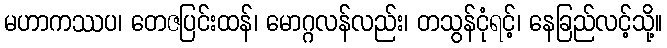
မဟာကဿပ၊ တေဇပြင်းထန်၊ မောဂ္ဂလန်လည်း၊ တသွန်ငုံရင့်၊ နေခြည်လင့်သို့။